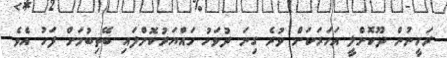
ރަހީނުން ދޫކޮށްލީ އަހަރަކަށް ވުރެ ގިނަ ދުވަހު ހައްޔަރުކޮށްފައި ބޭތިބުމަށް ފަހު އެވެ.